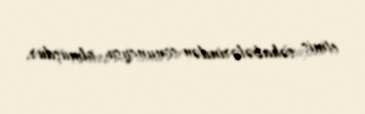
etmiş səhabələrindən sonuncusu olmuşdur.